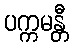
ပက္ကမန္တီ